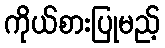
ကိုယ်စားပြုမည့်